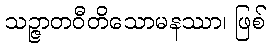
သဉ္ဇာတဝီတိသောမနဿာ၊ ဖြစ်